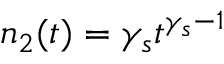
n _ { 2 } ( t ) = \gamma _ { s } t { } ^ { \gamma _ { s } - 1 }